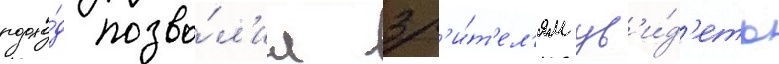
подхо́д позво́л'ил зр'и́т'ел'ям ув'и́д'еть